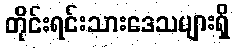
တိုင်းရင်းသားဒေသများရှိ